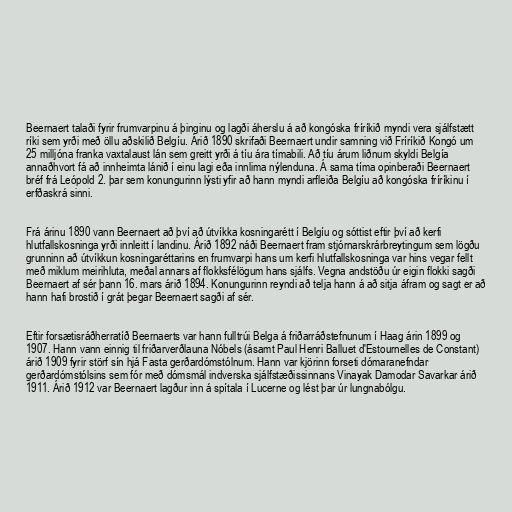
Beernaert talaði fyrir frumvarpinu á þinginu og lagði áherslu á að kongóska fríríkið myndi vera sjálfstætt
ríki sem yrði með öllu aðskilið Belgíu. Árið 1890 skrifaði Beernaert undir samning við Fríríkið Kongó um
25 milljóna franka vaxtalaust lán sem greitt yrði á tíu ára tímabili. Að tíu árum liðnum skyldi Belgía
annaðhvort fá að innheimta lánið í einu lagi eða innlima nýlenduna. Á sama tíma opinberaði Beernaert
bréf frá Leópold 2. þar sem konungurinn lýsti yfir að hann myndi arfleiða Belgíu að kongóska fríríkinu í
erfðaskrá sinni.

Frá árinu 1890 vann Beernaert að því að útvíkka kosningarétt í Belgíu og sóttist eftir því að kerfi
hlutfallskosninga yrði innleitt í landinu. Árið 1892 náði Beernaert fram stjórnarskrárbreytingum sem lögðu
grunninn að útvíkkun kosningaréttarins en frumvarpi hans um kerfi hlutfallskosninga var hins vegar fellt
með miklum meirihluta, meðal annars af flokksfélögum hans sjálfs. Vegna andstöðu úr eigin flokki sagði
Beernaert af sér þann 16. mars árið 1894. Konungurinn reyndi að telja hann á að sitja áfram og sagt er að
hann hafi brostið í grát þegar Beernaert sagði af sér.

Eftir forsætisráðherratíð Beernaerts var hann fulltrúi Belga á friðarráðstefnunum í Haag árin 1899 og
1907. Hann vann einnig til friðarverðlauna Nóbels (ásamt Paul Henri Balluet d'Estournelles de Constant)
árið 1909 fyrir störf sín hjá Fasta gerðardómstólnum. Hann var kjörinn forseti dómaranefndar
gerðardómstólsins sem fór með dómsmál indverska sjálfstæðissinnans Vinayak Damodar Savarkar árið
1911. Árið 1912 var Beernaert lagður inn á spítala í Lucerne og lést þar úr lungnabólgu.